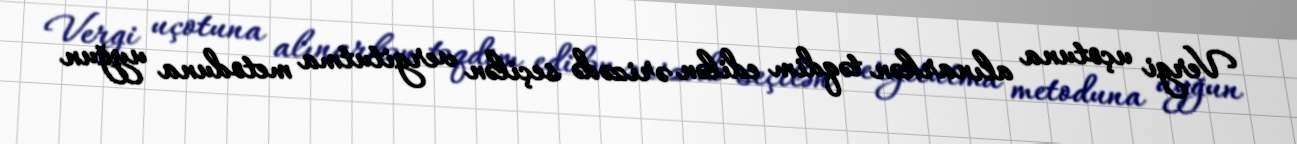
Vergi uçotuna alınarkən təqdim edilən ərizədə seçilən vergitutma metoduna uyğun